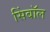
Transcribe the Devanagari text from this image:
सिंबॉल